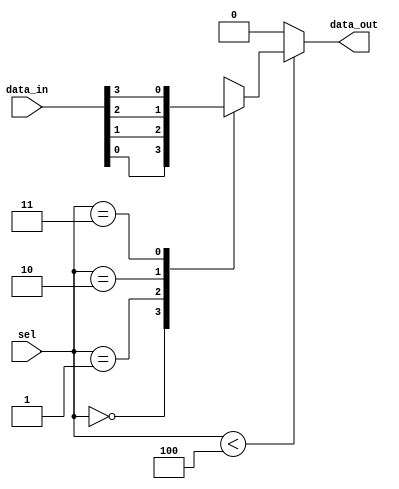
module parameterized_mux #(
    parameter N = 4 // Default number of inputs (can be overridden)
) (
    input  wire [N-1:0] data_in,  // N input data lines
    input  wire [$clog2(N)-1:0] sel, // Selection input (log2(N) bits)
    output reg  data_out           // Output data line
);

    always @(*) begin
        // Default output to zero or any defined state
        data_out = 1'b0;

        // Check if selection is within valid range
        if (sel < N) begin
            case (sel)
                0: data_out = data_in[0];
                1: data_out = data_in[1];
                2: data_out = data_in[2];
                3: data_out = data_in[3];
                // Add more cases if N > 4
                // ...
                default: data_out = 1'b0; // Handle invalid selection
            endcase
        end else begin
            // Handle invalid selection (optional)
            data_out = 1'b0; // or any other defined behavior
        end
    end

endmodule